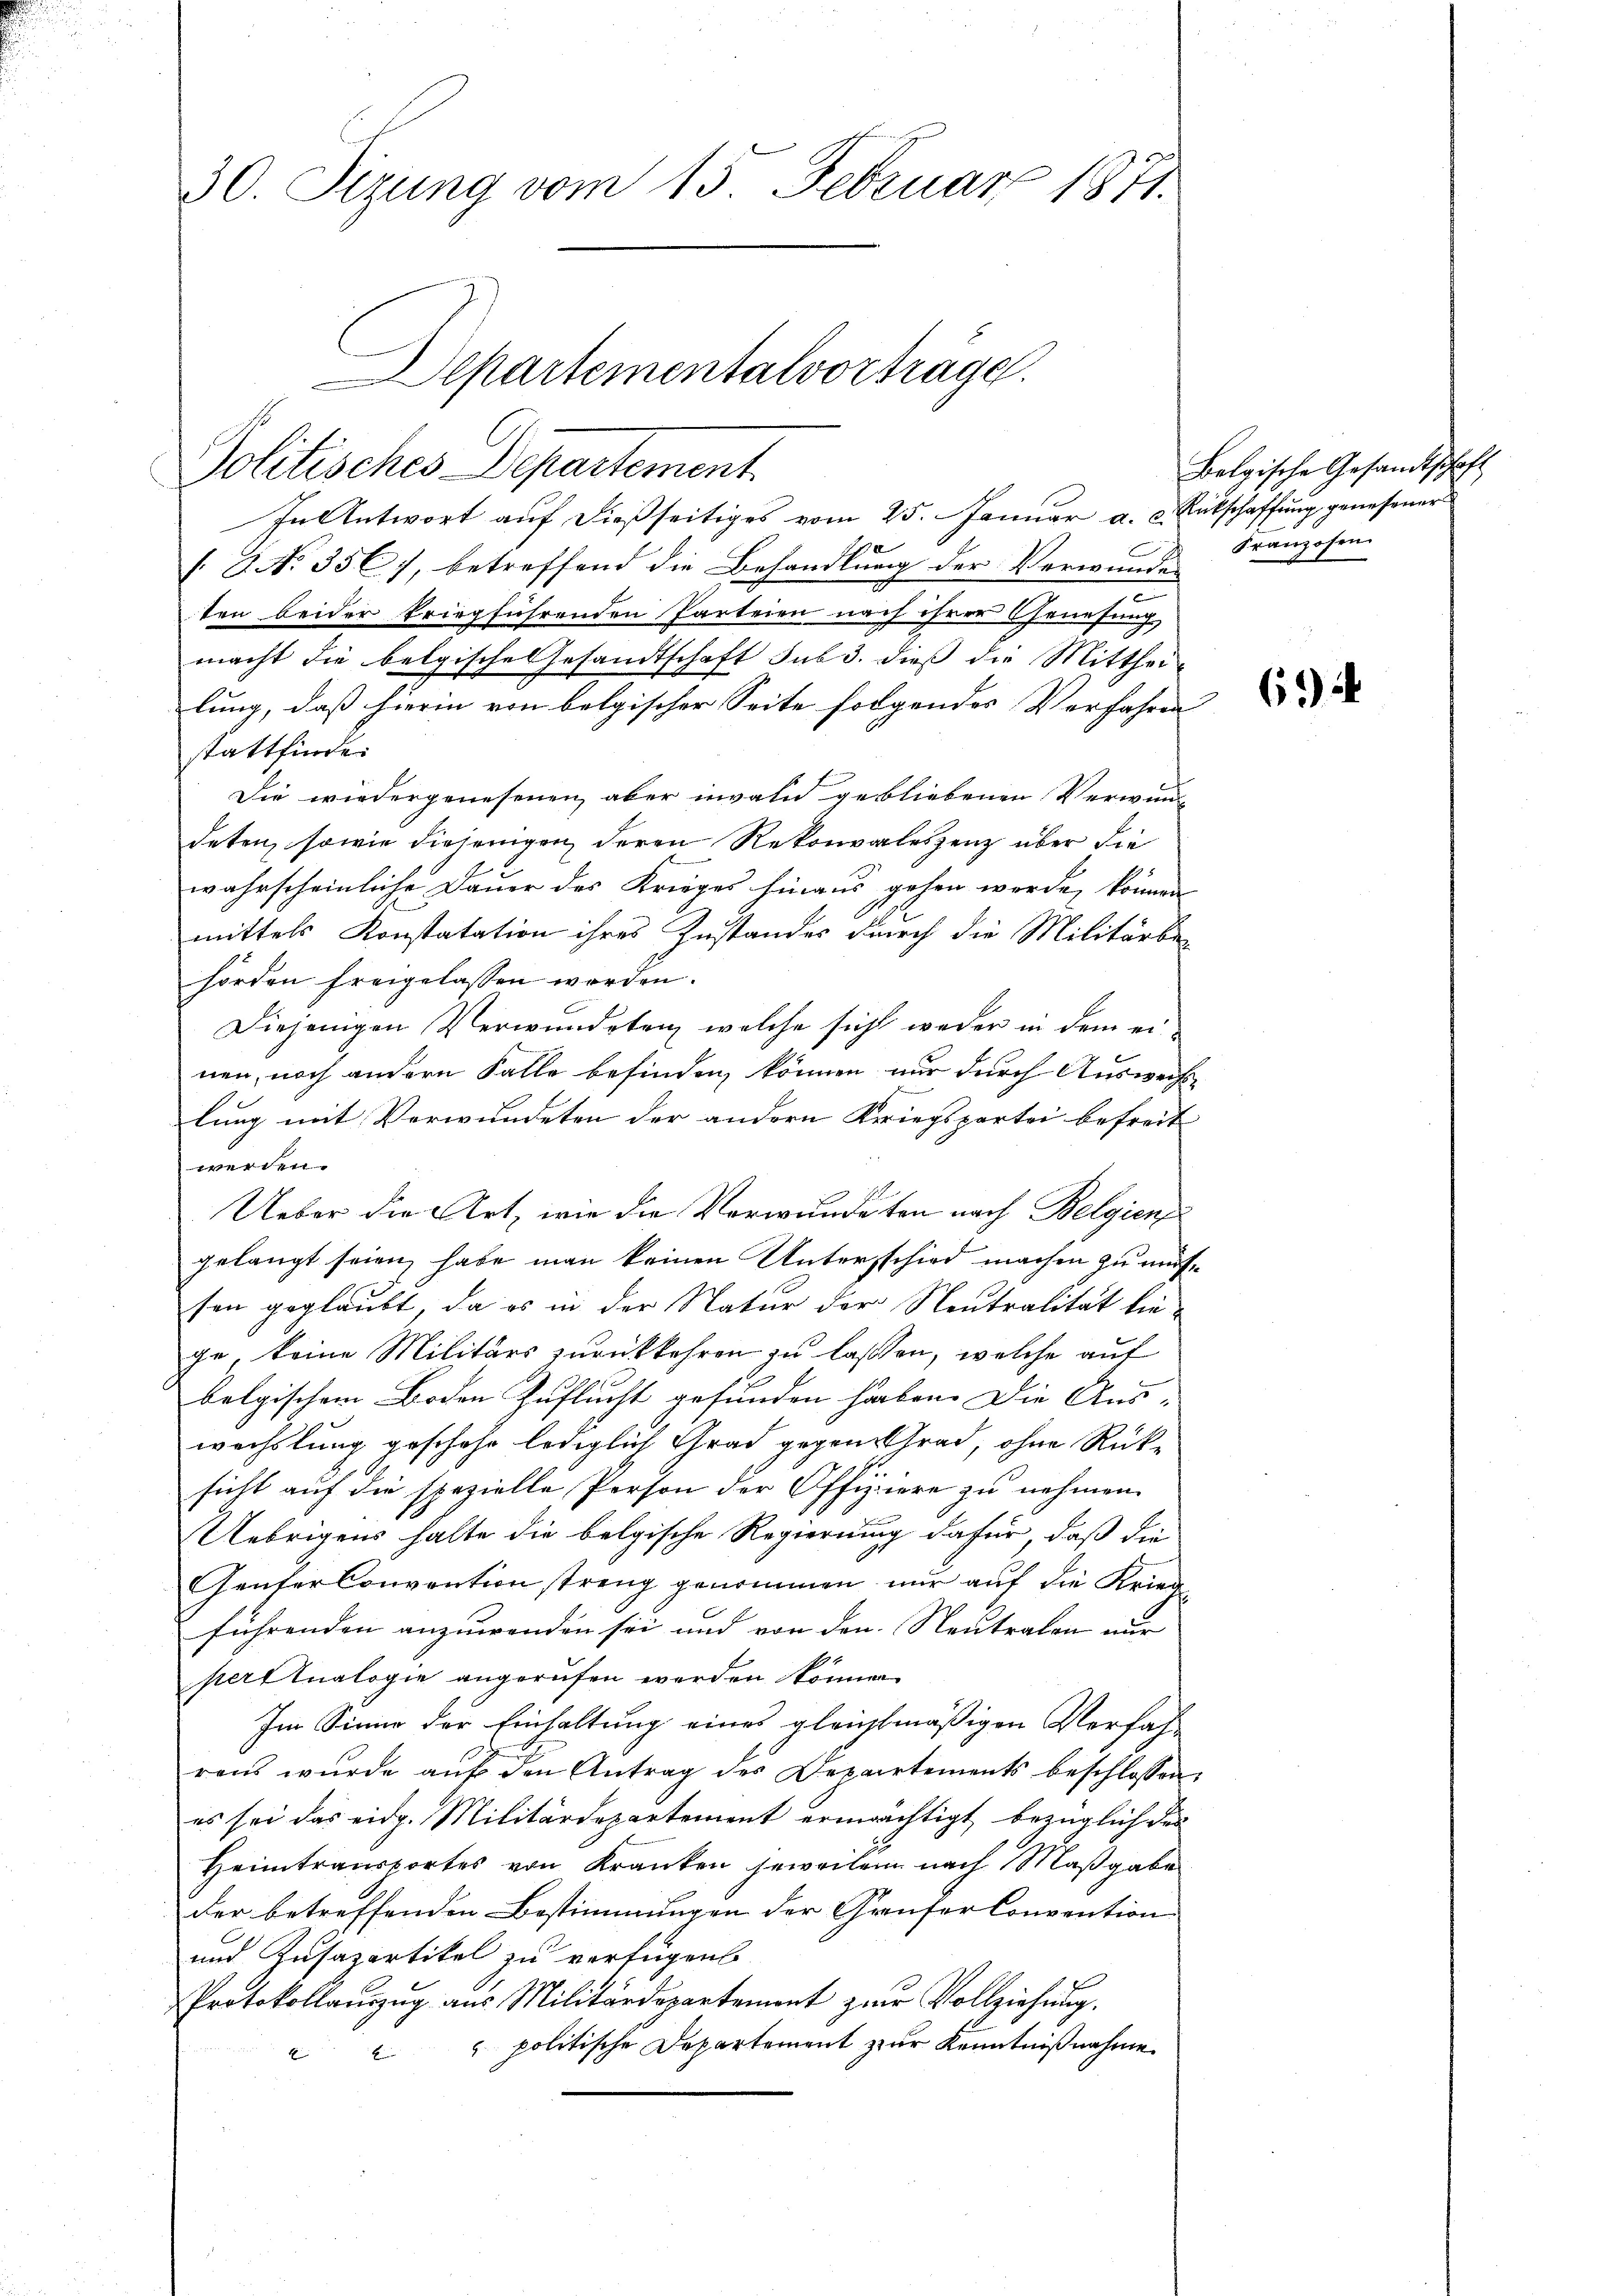
30. Sizung vom 15. Februar 1871.

Departementalvorträge.
Politisches Departement
In Antwort auf dießseitiges vom 25. Januar a. c. Ritschaffung genesener

8 NNo. 356), betreffend die Behandlŭng der Verwŭndes Franzosen
ten beider kriegführenden Parteien nach ihrer Genesung
macht die belgische Gesandtschaft sub 3. dieß die Mitthei-
lung, daß hierin von belgischer Seite folgendes Verfahren
stattfinde.
Die wiedergenesenen aber invaln gebliebenen Verwand-
deten, sowie diejenigen deren Rekonvaleszenz über die
wahrscheinliche Dauer des Krieges hinaus gehen werde, können |
mittels Konstatation ihres Zustandes durch die Militärbe-
hörden freigelassen werden.
Diejenigen Verwundeten welche sich weder in dem ei
nen, noch andern Falle befinden können nur durch Auswechs
lung mit Verwundeten der andern Kriegspartei befreit
werden.
Ueber die Art, wie die Verwundeten nach Belgien
gelangt seien, habe man keinen Untersschied machen zu müssen geglaubt, da es in der Natur der Neutralität diege, keine Militärs zurückkehren zu lassen, welche auf
belgischem Boden Zuflucht gefunden haben. Die Aus- |
wechslung geschehe lediglich Grad gegenstrad, ohne Rüksicht auf die spezielle Person der Offiziere zu nehmen.
Uebrigens halte die belgische Regierung dafür, daß die
Genfer Convention streng genommen nur auf die Krieg
führenden anzuwenden sei und von den Neutralen nur
pert Inalogie angerufen werden können.
Im Sinne der Einhaltung eines gleichtmäßigen Verfah-
rens wurde aŭf den Antrag des Departements beschlossen,
es sei das eidg. Militärdepartement ermächtigt, bezüglich des
Heimtransportes von Kranken jeweilen nach Maßgabe
der betreffenden Bestimmungen der Grauser Convention
und Kusapartikel zu verfügen
Protokollauszug aus Militärdepartement zur Vollziehung.
 politische Departement zur Kenntnißnahme
E
E

Belgische Gesandtschaft

6